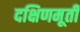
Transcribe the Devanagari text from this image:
दक्षिणमूर्ती